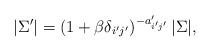
LaTeX: \begin{align*}|\Sigma'|=\left(1+\beta\delta_{i'j'}\right)^{-a_{i'j'}'}|\Sigma|,\end{align*}